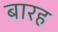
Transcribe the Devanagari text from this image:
बारह